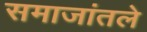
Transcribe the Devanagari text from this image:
समाजांतले